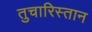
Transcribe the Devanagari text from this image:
तुचारिस्तान